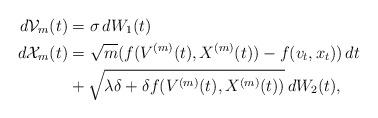
LaTeX: \begin{align*}d{\mathcal V}_m(t)&=\sigma \,dW_1(t)\\d{\mathcal X}_m(t)&=\sqrt{m}(f(V^{(m)}(t),X^{(m)}(t))-f(v_t,x_t))\,dt\\&+\sqrt{\lambda\delta+\delta f(V^{(m)}(t),X^{(m)}(t))}\,dW_2(t),\end{align*}